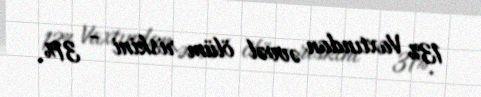
13% Vaxtından əvvəl ölüm riskini - 31%.